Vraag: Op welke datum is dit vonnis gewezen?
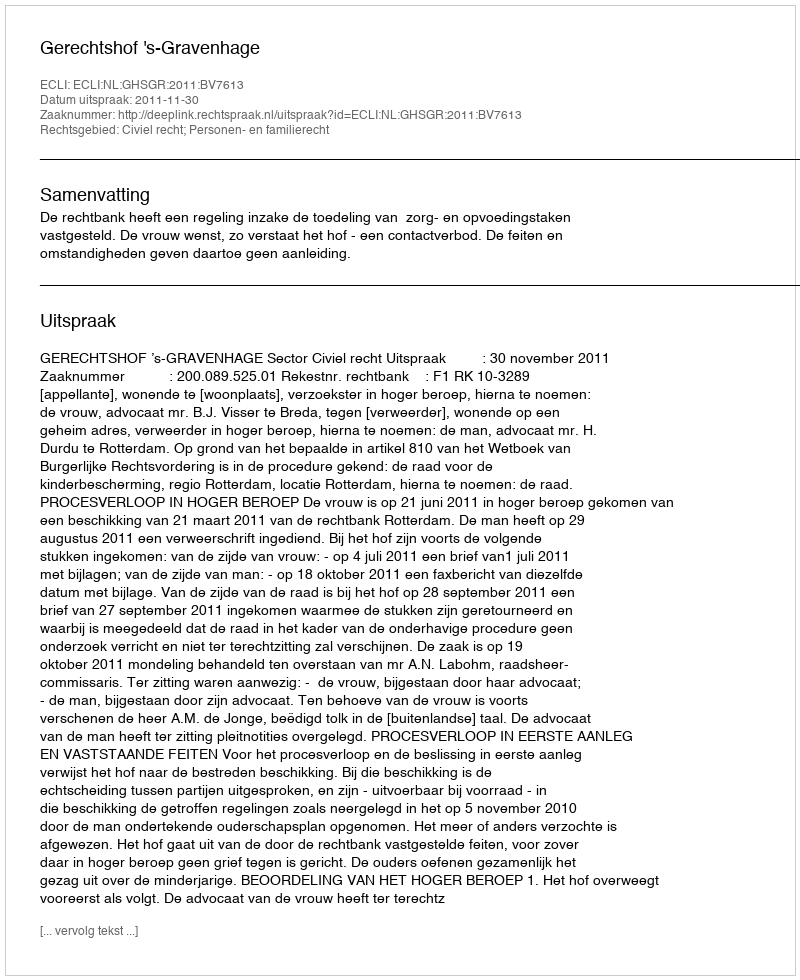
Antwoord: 2011-11-30